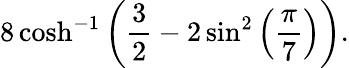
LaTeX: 8\cosh^{-1}\left({\frac{3}{2}}-2\sin^{2}\left({\frac{\pi}{7}}\right)\right).